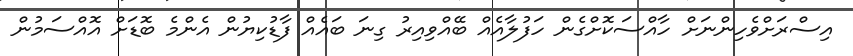
އިސްރަށްވެހިންނަށް ހާއްސަކޮށްގެން ހަފުލާއެއް ބޭއްވިއިރު ގިނަ ބައެއް ފާޑުކިޔުން އެންމެ ބޮޑަށް އޮއްސަމުން